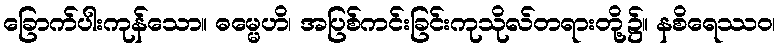
ခြောက်ပါးကုန်သော။ ဓမ္မေဟိ၊ အပြစ်ကင်းခြင်းကုသိုလ်တရားတို့၌။ နစိရေဿဝ၊